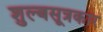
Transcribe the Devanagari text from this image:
शुल्बसूत्रकार